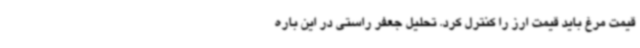
قیمت مرغ باید قیمت ارز را کنترل کرد. تحلیل جعفر راستی در این باره